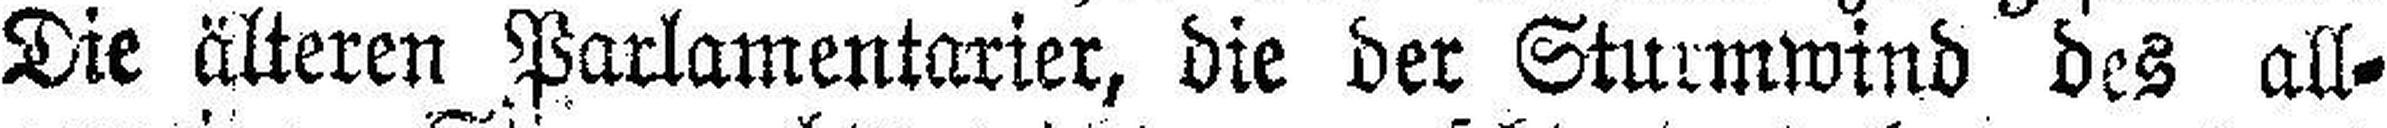
Die älteren Parlamentarier, die der Sturmwind des all¬